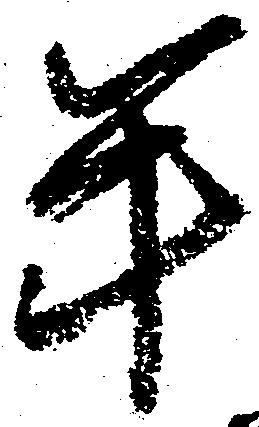
年